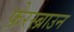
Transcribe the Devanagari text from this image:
फ़ेरस्ब्राउन